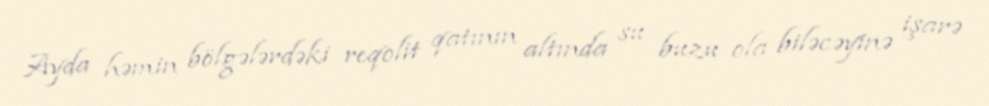
Ayda həmin bölgələrdəki reqolit qatının altında su buzu ola biləcəyinə işarə